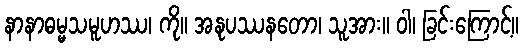
နာနာဓမ္မသမူဟဿ၊ ကို။ အနုပဿနတော၊ သူအား။ ဝါ၊ ခြင်းကြောင့်။